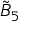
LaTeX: { \tilde { B } } _ { 5 }